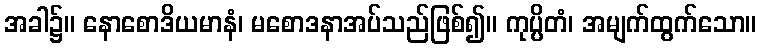
အခါ၌။ နောစောဒိယမာနံ၊ မစောဒနာအပ်သည်ဖြစ်၍။ ကုပ္ပိတံ၊ အမျက်ထွက်သော။